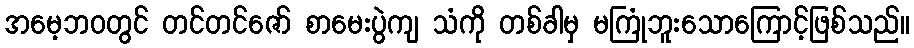
အမေ့ဘဝတွင် တင်တင်ဇော် စာမေးပွဲကျ သံကို တစ်ခါမှ မကြုံဘူးသောကြောင့်ဖြစ်သည်။